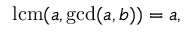
\operatorname { l c m } ( a , \operatorname* { g c d } ( a , b ) ) = a ,